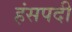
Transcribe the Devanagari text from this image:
हंसपदी